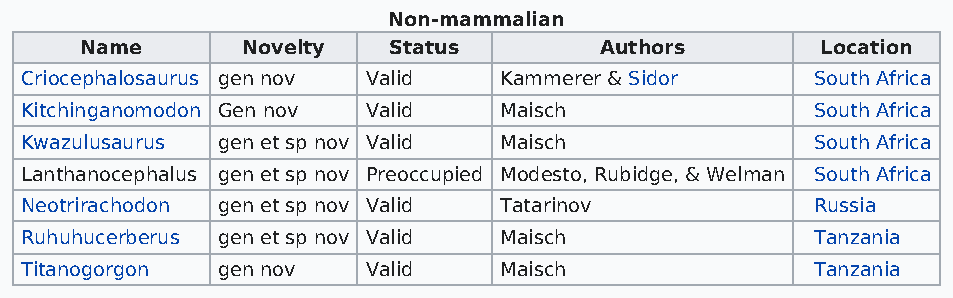
Non-mammalian
 Name       Novelty   Status        Authors       Location
 Criocephalosaurus gen nov Valid Kammerer & Sidor     South Africa
 Kitchinganomodon Gen nov Valid  Maisch               South Africa
 Kwazulusaurus gen et sp nov Valid Maisch             South Africa
 Lanthanocephalus gen et sp nov Preoccupied Modesto, Rubidge, & Welman South Africa
 Neotrirachodon gen et sp nov Valid Tatarinov         Russia
 Ruhuhucerberus gen et sp nov Valid Maisch            Tanzania
 Titanogorgon gen nov   Valid    Maisch               Tanzania